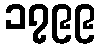
၁၇၉၉